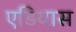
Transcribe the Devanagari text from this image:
एडियास